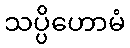
သပ္ပိဟောမံ